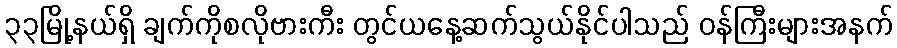
၃၃မြို့နယ်ရှိ ချက်ကိုစလိုဗားကီး တွင်ယနေ့ဆက်သွယ်နိုင်ပါသည် ဝန်ကြီးများအနက်